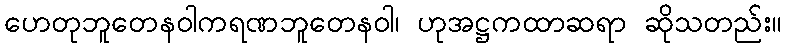
ဟေတုဘူတေနဝါကရဏဘူတေနဝါ၊ ဟုအဋ္ဌကထာဆရာ ဆိုသတည်း။